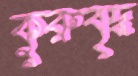
কুরুবৃদ্ধ